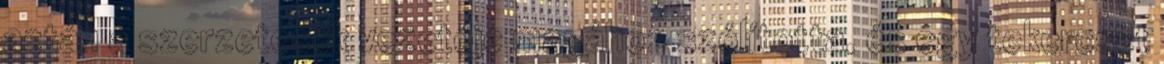
aztán a szerzetesek vezetője magához szólította, és egy tekercset